Report of the Bombay Veterinary College
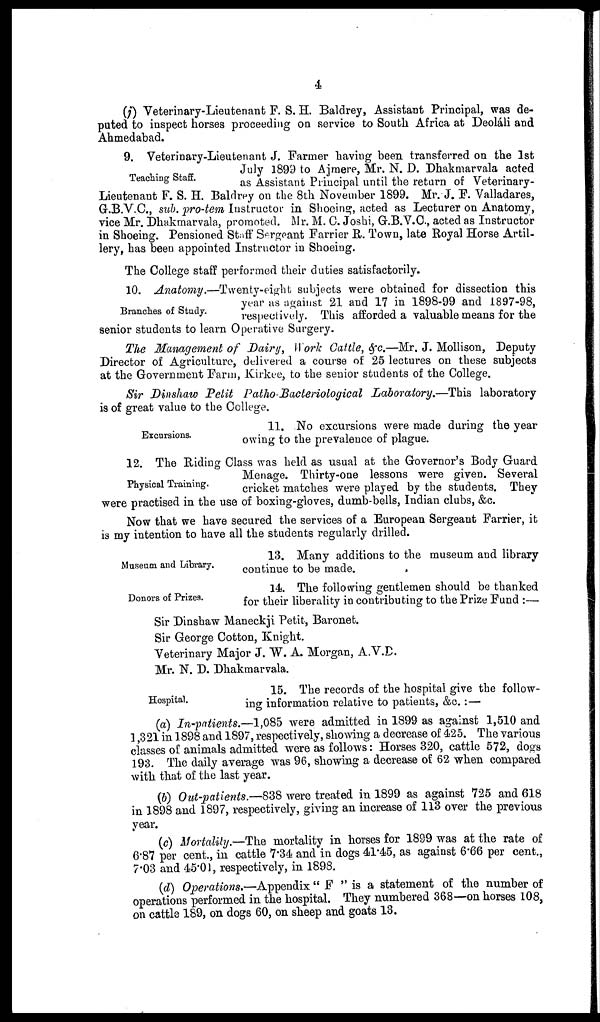
4
(j) Veterinary-Lieutenant F. S. H. Baldrey, Assistant Principal, was de-
puted to inspect horses proceeding on service to South Africa at Deoláli and
Ahmedabad.
Teaching Staff.
9. Veterinary-Lieutenant J. Farmer having been transferred on the 1st
July 1899 to Ajmere, Mr. N. D. Dhakmarvala acted
as Assistant Principal until the return of Veterinary-
Lieutenant F. S. H. Baldrey on the 8th November 1899. Mr. J. F. Valladares,
G.B.V.C., sub. pro-tem Instructor in Shoeing, acted as Lecturer on Anatomy,
vice Mr. Dhakmarvala, promoted. Mr. M. C. Joshi, G.B.V.C., acted as Instructor
in Shoeing. Pensioned Staff Sergeant Farrier R. Town, late Royal Horse Artil-
lery, has been appointed Instructor in Shoeing.
The College staff performed their duties satisfactorily.
Branches of Study.
10. Anatomy.—Twenty-eight subjects were obtained for dissection this
year as against 21 and 17 in 1898-99 and 1897-98,
respectively. This afforded a valuable means for the
senior students to learn Operative Surgery.
The Management of Dairy, Work Cattle, &c.—Mr. J. Mollison, Deputy
Director of Agriculture, delivered a course of 25 lectures on these subjects
at the Government Farm, Kirkee, to the senior students of the College.
Sir Dinshaw Petit Patho-Bacteriological Laboratory.—This laboratory
is of great value to the College.
Excursions.
11. No excursions were made during the year
owing to the prevalence of plague.
Physical Training.
12. The Riding Class was held as usual at the Governor's Body Guard
Menage. Thirty-one lessons were given. Several
cricket matches were played by the students. They
were practised in the use of boxing-gloves, dumb-bells, Indian clubs, &c.
Now that we have secured the services of a European Sergeant Farrier, it
is my intention to have all the students regularly drilled.
13. Many additions to the museum and library
continue to be made.
Museum and Library.
14. The following gentlemen should be thanked
for their liberality in contributing to the Prize Fund :—
Donors of Prizes.
Sir Dinshaw Maneckji Petit, Baronet.
Sir George Cotton, Knight.
Veterinary Major J. W. A. Morgan, A.V.D.
Mr. N. D. Dhakmarvala.
15. The records of the hospital give the follow-
ing information relative to patients, &c. :—
Hospital.
(a) In-patients.—1,085 were admitted in 1899 as against 1,510 and
1,321 in 1898 and 1897, respectively, showing a decrease of 425. The various
classes of animals admitted were as follows : Horses 320, cattle 572, dogs
193. The daily average was 96, showing a decrease of 62 when compared
with that of the last year.
(b) Out-patients.—838 were treated in 1899 as against 725 and 618
in 1898 and 1897, respectively, giving an increase of 113 over the previous
year.
(c) Mortality.—The mortality in horses for 1899 was at the rate of
6.87 per cent., in cattle 7.34 and in dogs 41.45, as against 6.66 per cent.,
7.03 and 45.01, respectively, in 1898.
(d) Operations.—Appendix " F " is a statement of the number of
operations performed in the hospital. They numbered 368—on horses 108,
on cattle 189, on dogs 60, on sheep and goats 13.